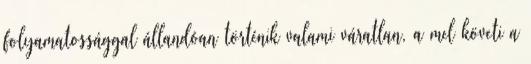
folyamatossággal állandóan történik valami váratlan, a mel követi a